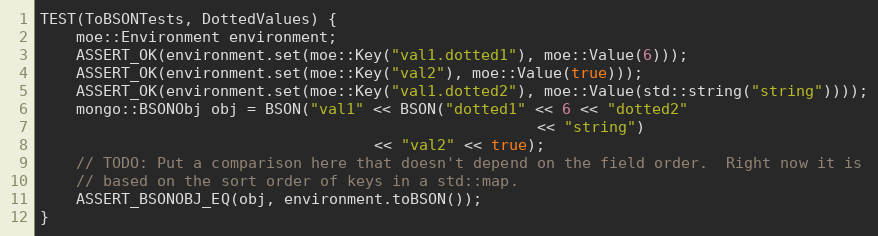
Language: C++
TEST(ToBSONTests, DottedValues) {
    moe::Environment environment;
    ASSERT_OK(environment.set(moe::Key("val1.dotted1"), moe::Value(6)));
    ASSERT_OK(environment.set(moe::Key("val2"), moe::Value(true)));
    ASSERT_OK(environment.set(moe::Key("val1.dotted2"), moe::Value(std::string("string"))));
    mongo::BSONObj obj = BSON("val1" << BSON("dotted1" << 6 << "dotted2"
                                                       << "string")
                                     << "val2" << true);
    // TODO: Put a comparison here that doesn't depend on the field order.  Right now it is
    // based on the sort order of keys in a std::map.
    ASSERT_BSONOBJ_EQ(obj, environment.toBSON());
}